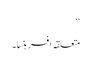
‘‘
متعلقہ افسر ہنسا۔